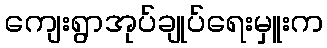
ကျေးရွာအုပ်ချုပ်ရေးမှူးက